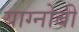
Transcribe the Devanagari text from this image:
याग्नोबी